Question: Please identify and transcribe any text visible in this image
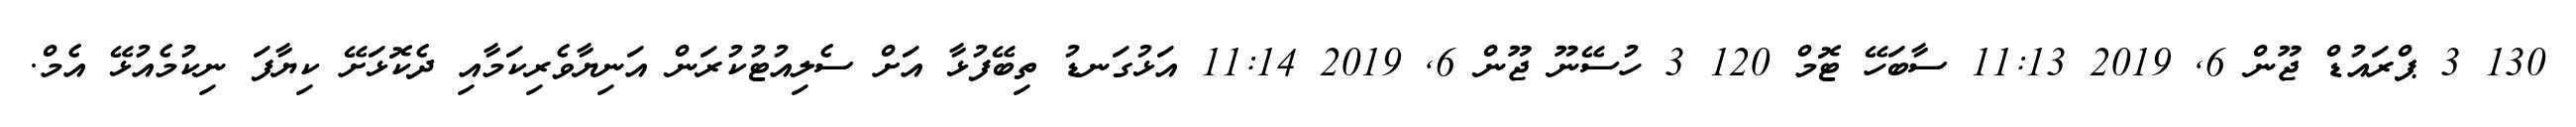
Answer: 130 3 ޕްރައުޑް ޖޫން 6, 2019 11:13 ސާބަހޭ ޓޮމް 120 3 ހުސޭނޫ ޖޫން 6, 2019 11:14 އަޅުގަނޑު ތިބޭފުޅާ އަށް ސެލިއުޓުކުރަން އަނިޔާވެރިކަމާއި ދެކޮޅަށޭ ކިޔާފަ ނިކުމެއުޅޭ އެމް.